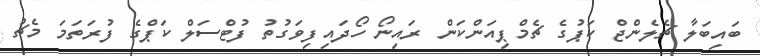
ބައިބަލާ ޗެލެންޖް ކަޕުގެ ޗެމްޕިއަންކަން ރައިނޯ ހޯދައިފިވަގުތު ފުޓްސަލް ކަޕްގެ ފުރަތަމަ މެޗު